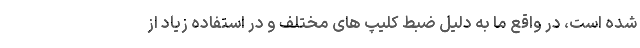
شده است، در واقع ما به دلیل ضبط کلیپ های مختلف و در استفاده زیاد از